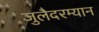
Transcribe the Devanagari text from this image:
जुलैदरम्यान